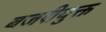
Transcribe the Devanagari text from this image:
बजरीयुक्त